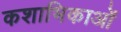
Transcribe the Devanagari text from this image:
कशाभिकाओं